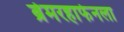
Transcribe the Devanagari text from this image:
ब्रेमरहाफेनला